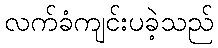
လက်ခံကျင်းပခဲ့သည်